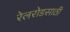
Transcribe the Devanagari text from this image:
रेलरोडसाठी